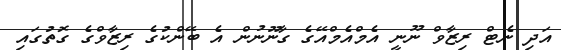
އަދި ނެޓް ރިޒާވް ނޫނީ އެމްއެމްއޭގެ ގާނޫނުން އެ ބޭންކުގެ ރިޒާވްގެ ގޮތުގައި